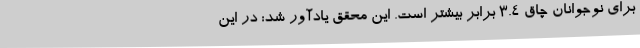
برای نوجوانان چاق ۳.۴ برابر بیشتر است. این محقق یادآور شد: در این